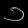
Digit: ၁